Civil Veterinary Dept. Bombay admin report 1923-31 - 1923-1931
Year: 1923
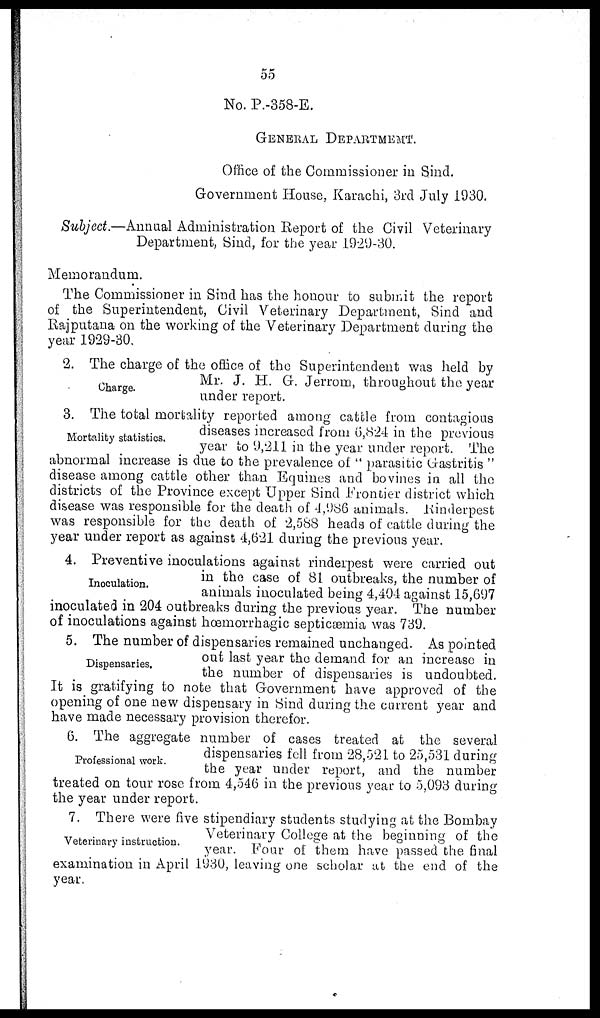
55
No. P.-358-E.
GENERAL DEPARTMENT.
Office of the Commissioner in Sind.
Government House, Karachi, 3rd July 1930.
Subject.—Annual Administration Report of the Civil Veterinary
Department, Sind, for the year 1929-30.
Memorandum.
The Commissioner in Sind has the honour to submit the report
of the Superintendent, Civil Veterinary Department, Sind and
Rajputana on the working of the Veterinary Department during the
year 1929-30.
Charge.
2. The charge of the office of the Superintendent was held by
Mr. J. H. G. Jerrom, throughout the year
under report.
Mortality statistics.
3. The total mortality reported among cattle from contagious
diseases increased from 6,824 in the previous
year to 9,211 in the year under report. The
abnormal increase is due to the prevalence of "parasitic Gastritis"
disease among cattle other than Equines and bovines in all the
districts of the Province except Upper Sind Frontier district which
disease was responsible for the death of 4,986 animals. Rinderpest
was responsible for the death of 2,588 heads of cattle during the
year under report as against; 4,621 during the previous year.
Inoculation.
4. Preventive inoculations against rinderpest were carried out
in the case of 81 outbreaks, the number of
animals inoculated being 4,404 against 15,697
inoculated in 204 outbreaks during the previous year. The number
of inoculations against hæmorrhagic septicæmia was 739.
Dispensaries.
5. The number of dispensaries remained unchanged. As pointed
out last year the demand for an increase in
the number of dispensaries is undoubted.
It is gratifying to note that Government have approved of the
opening of one new dispensary in Sind during the current year and
have made necessary provision therefor.
Professional work.
6. The aggregate number of cases treated at the several
dispensaries fell from 28,521 to 25,531 during
the year under report, and the number
treated on tour rose from 4,546 in the previous year to 5,093 during
the year under report.
Veterinary instruction.
7. There were five stipendiary students studying at the Bombay
Veterinary College at the beginning of the
year. Four of them have passed the final
examination in April 1930, leaving one scholar at the end of the
year.